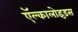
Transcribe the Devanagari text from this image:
ऍल्कालोइड़स